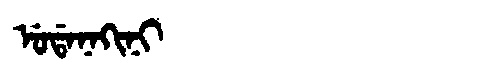
Manchu: ᡠᡩᠠᠨᠠᡴᡳᠨᡳ
Romanization: UDANAKINI